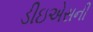
ડીઇએસની